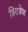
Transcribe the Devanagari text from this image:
त्रिरात्रेण